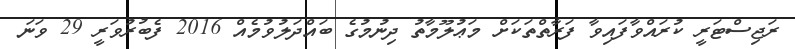
ރަޖިސްޓަރީ ކުރައްވާފައިވާ ފަރާތްތަކަށް މަޢުލޫމާތު ދިނުމުގެ ބައްދަލުވުމެއް 2016 ފެބުރުވަރީ 29 ވަނަ